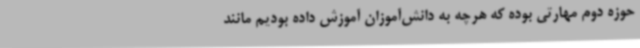
حوزه دوم مهارتی بوده که هرچه به دانش‌آموزان آموزش داده بودیم مانند